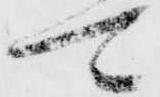
可